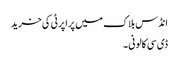
انڈس بلاک میں پراپرٹی کی خرید
ڈی سی کالونی ۔